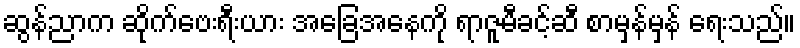
ဆွန်ညာက ဆိုက်ဗေးရီးယား အခြေအနေကို ရာဇူမီခင့်ဆီ စာမှန်မှန် ရေးသည်။